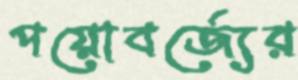
পয়োবর্জ্যের